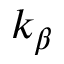
k _ { \beta }